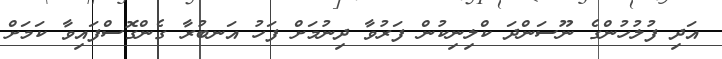
އަދި ފުލުހުންގެ ނޫސަންދަ ކްލިނިކުން ފަރުވާ ދިނުމަށް ފަހު އަނބުރާ ގެންގޮސްފައިވާ ކަމަށް